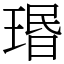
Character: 瑉